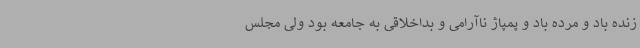
زنده باد و مرده باد و پمپاژ ناآرامی و بداخلاقی به جامعه بود ولی مجلس